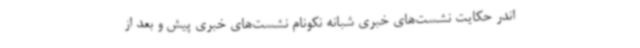
اندر حکایت نشست‌های خبری شبانه نکونام نشست‌های خبری پیش و بعد از